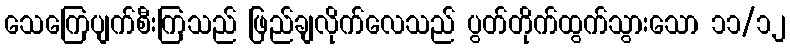
သေကြေပျက်စီးကြသည် ဖြည်ချလိုက်လေသည် ပွတ်တိုက်ထွက်သွားသော ၁၁/၁၂